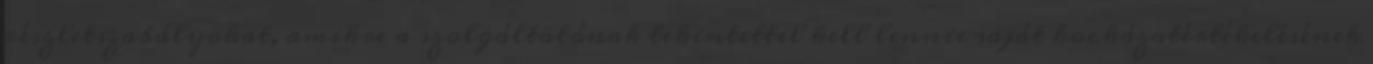
részletszabályokat, amikre a szolgáltatónak tekintettel kell lennie saját kockázatértékelésének